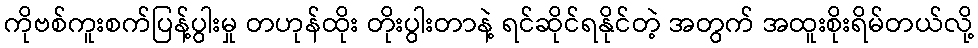
ကိုဗစ်ကူးစက်ပြန့်ပွါးမှု တဟုန်ထိုး တိုးပွါးတာနဲ့ ရင်ဆိုင်ရနိုင်တဲ့ အတွက် အထူးစိုးရိမ်တယ်လို့